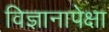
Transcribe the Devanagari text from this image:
विज्ञानापेक्षा